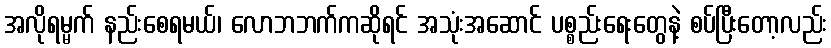
အလိုရမ္မက် နည်းစေရမယ်၊ လောဘဘက်ကဆိုရင် အသုံးအဆောင် ပစ္စည်းရေးတွေနဲ့ စပ်ပြီးတော့လည်း